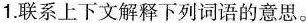
1.联系上下文解释下列词语的意思。